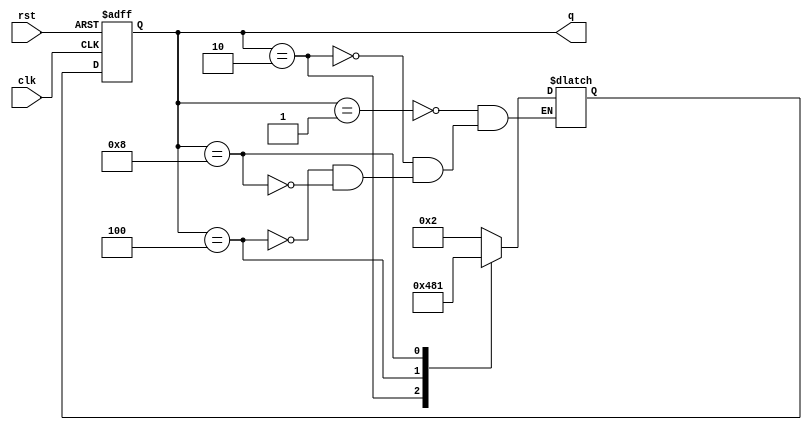
module ring_counter (
    input wire clk,
    input wire rst,
    output reg [3:0] q
);

reg [3:0] next_state;

always @ (posedge clk or posedge rst) begin
    if (rst)
        q <= 4'b0001;
    else
        q <= next_state;
end

always @ (*) begin
    case(q)
        4'b0001: next_state = 4'b0010;
        4'b0010: next_state = 4'b0100;
        4'b0100: next_state = 4'b1000;
        4'b1000: next_state = 4'b0001;
    endcase
end

endmodule